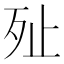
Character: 𣧐